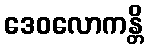
ဒေဝလောကန္တိ